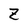
Character: Z